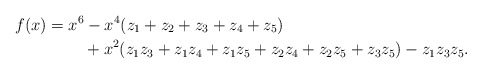
\begin{align*} f(x) &= x^6 - x^4 ( z_1 + z_2 + z_3 + z_4 + z_5 )\\ & \qquad\; + x^2 (z_1 z_3 + z_1 z_4 + z_1 z_5 + z_2 z_4 + z_2 z_5 + z_3 z_5) - z_1 z_3 z_5.\end{align*}